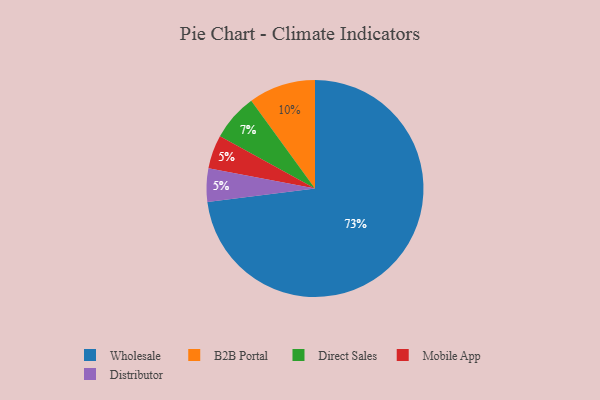
{"axis": {"x": "Category", "y": "Percentage"}, "legend": ["B2B Portal", "Direct Sales", "Distributor", "Mobile App", "Wholesale"], "data": [{"x": "Direct Sales", "y": 7, "type": "Direct Sales"}, {"x": "Mobile App", "y": 5, "type": "Mobile App"}, {"x": "Wholesale", "y": 73, "type": "Wholesale"}, {"x": "Distributor", "y": 5, "type": "Distributor"}, {"x": "B2B Portal", "y": 10, "type": "B2B Portal"}]}